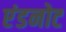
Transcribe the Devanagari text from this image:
एंडनोट